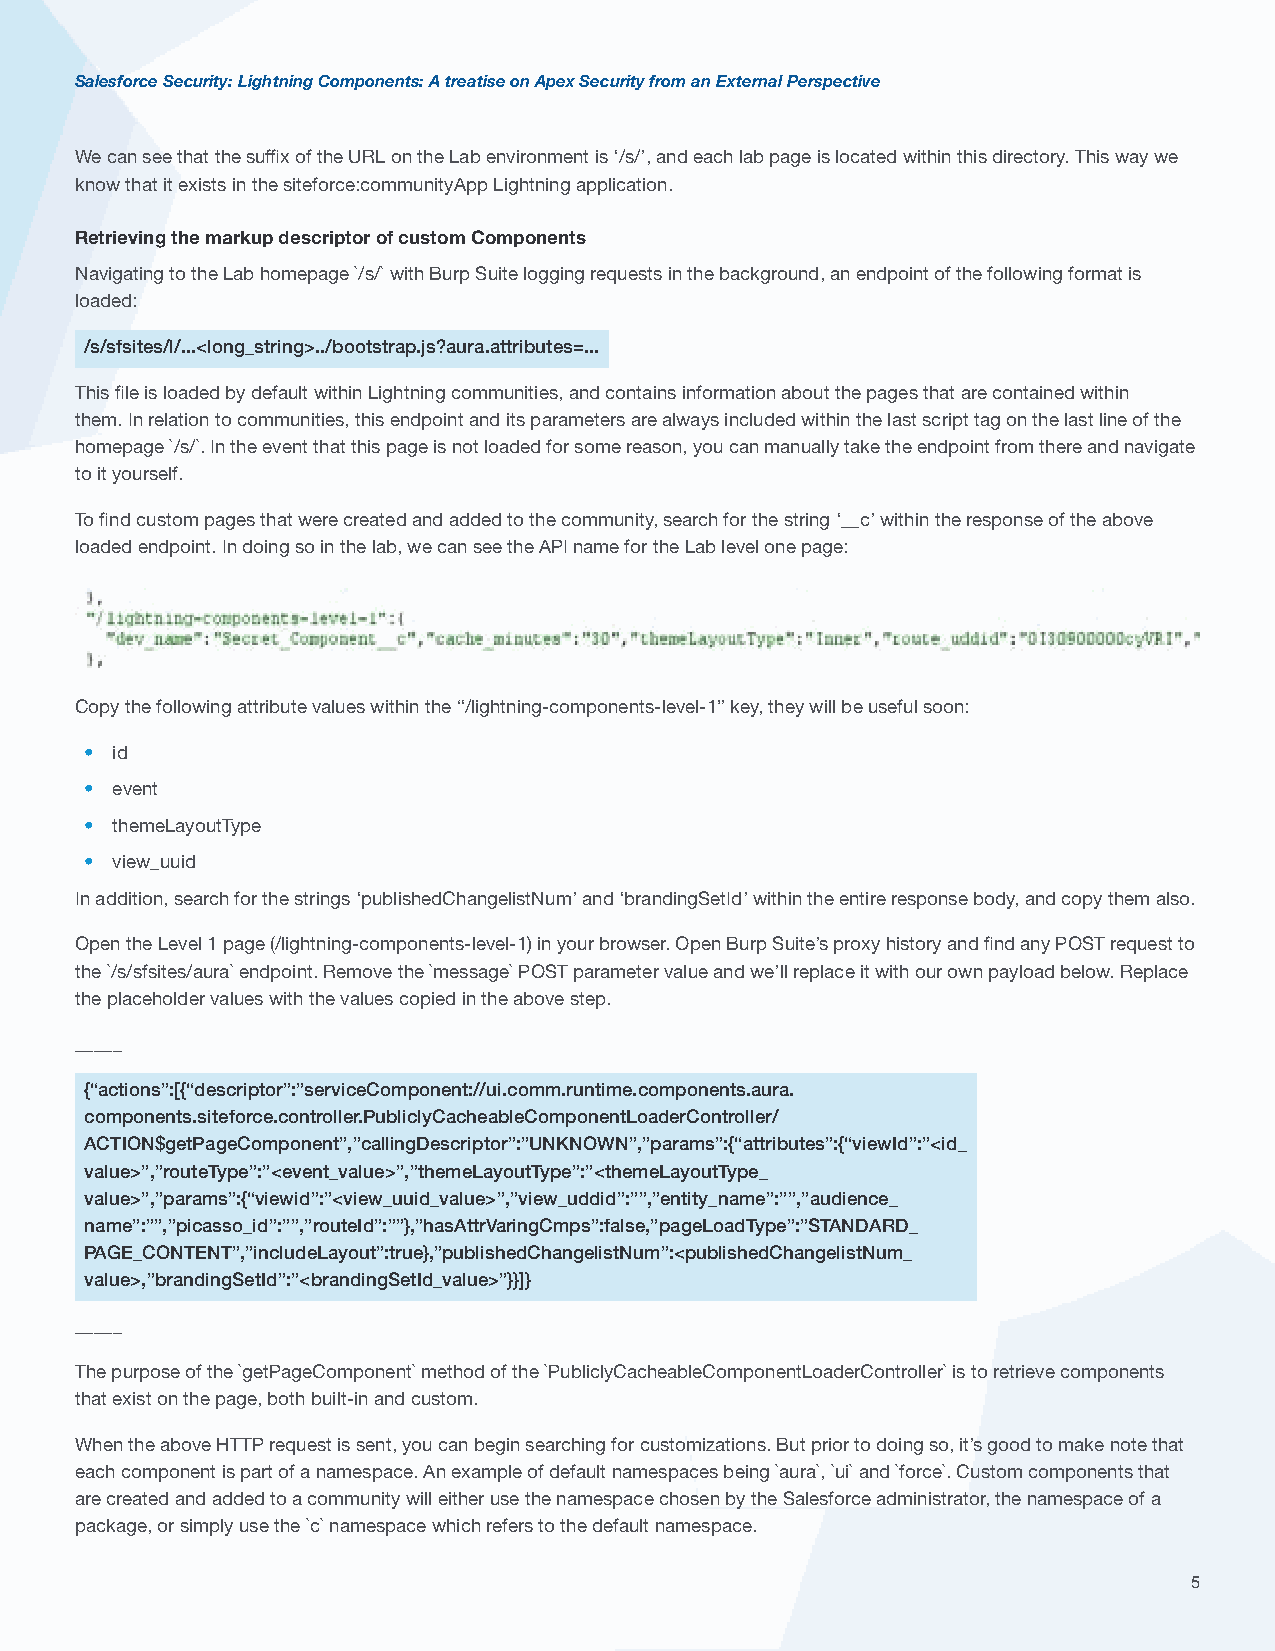
Salesforce Security: Lightning Components: A treatise on Apex Security from an External Perspective
 We can see that the suffix of the URL on the Lab environment is ‘/s/’, and each lab page is located within this directory. This way we
 know that it exists in the siteforce:communityApp Lightning application.
 Retrieving the markup descriptor of custom Components
 Navigating to the Lab homepage `/s/` with Burp Suite logging requests in the background, an endpoint of the following format is
 loaded:
 /s/sfsites/l/...<long_string>../bootstrap.js?aura.attributes=...
 This file is loaded by default within Lightning communities, and contains information about the pages that are contained within
 them. In relation to communities, this endpoint and its parameters are always included within the last script tag on the last line of the
 homepage `/s/`. In the event that this page is not loaded for some reason, you can manually take the endpoint from there and navigate
 to it yourself.
 To find custom pages that were created and added to the community, search for the string ‘__c’ within the response of the above
 loaded endpoint. In doing so in the lab, we can see the API name for the Lab level one page:
 Copy the following attribute values within the “/lightning-components-level-1” key, they will be useful soon:
 • id
 • event
 • themeLayoutType
 • view_uuid
 In addition, search for the strings ‘publishedChangelistNum’ and ‘brandingSetId’ within the entire response body, and copy them also.
 Open the Level 1 page (/lightning-components-level-1) in your browser. Open Burp Suite’s proxy history and find any POST request to
 the `/s/sfsites/aura` endpoint. Remove the `message` POST parameter value and we’ll replace it with our own payload below. Replace
 the placeholder values with the values copied in the above step.
 _____
 {“actions”:[{“descriptor”:”serviceComponent://ui.comm.runtime.components.aura.
 components.siteforce.controller.PubliclyCacheableComponentLoaderController/
 ACTION$getPageComponent”,”callingDescriptor”:”UNKNOWN”,”params”:{“attributes”:{“viewId”:”<id_
 value>”,”routeType”:”<event_value>”,”themeLayoutType”:”<themeLayoutType_
 value>”,”params”:{“viewid”:”<view_uuid_value>”,”view_uddid”:””,”entity_name”:””,”audience_
 name”:””,”picasso_id”:””,”routeId”:””},”hasAttrVaringCmps”:false,”pageLoadType”:”STANDARD_
 PAGE_CONTENT”,”includeLayout”:true},”publishedChangelistNum”:<publishedChangelistNum_
 value>,”brandingSetId”:”<brandingSetId_value>”}}]}
 _____
 The purpose of the `getPageComponent` method of the `PubliclyCacheableComponentLoaderController` is to retrieve components
 that exist on the page, both built-in and custom.
 When the above HTTP request is sent, you can begin searching for customizations. But prior to doing so, it’s good to make note that
 each component is part of a namespace. An example of default namespaces being `aura`, `ui` and `force`. Custom components that
 are created and added to a community will either use the namespace chosen by the Salesforce administrator, the namespace of a
 package, or simply use the `c` namespace which refers to the default namespace.
 5